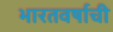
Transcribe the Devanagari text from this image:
भारतवर्षाची